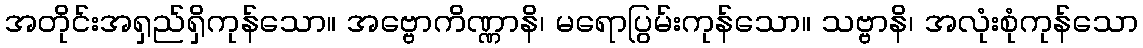
အတိုင်းအရှည်ရှိကုန်သော။ အဗ္ဗောကိဏ္ဏာနိ၊ မရောပြွမ်းကုန်သော။ သဗ္ဗာနိ၊ အလုံးစုံကုန်သော